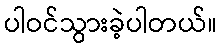
ပါဝင်သွားခဲ့ပါတယ်။